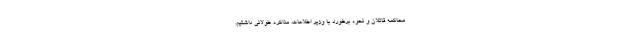
محاكمه قاتلان و نحوه برخورد با وزیر اطلاعات، مذاكره طولانى داشتیم.